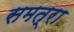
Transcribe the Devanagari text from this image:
समत्रा